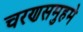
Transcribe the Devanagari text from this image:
चरणसमुहमे